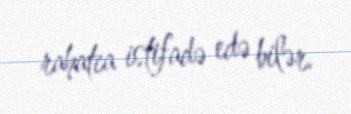
rahatca istifadə edə bilər.